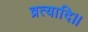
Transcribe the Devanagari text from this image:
व्रत्यादि।।